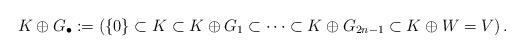
LaTeX: \begin{align*}K \oplus G_\bullet := \left( \left\{0\right\} \subset K \subset K \oplus G_1 \subset \dots \subset K \oplus G_{2n-1} \subset K \oplus W=V \right).\end{align*}